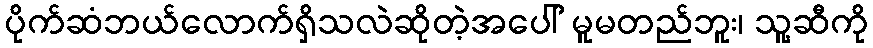
ပိုက်ဆံဘယ်လောက်ရှိသလဲဆိုတဲ့အပေါ် မူမတည်ဘူး၊ သူ့ဆီကို